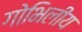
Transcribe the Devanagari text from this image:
गोभिलीय